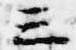
三